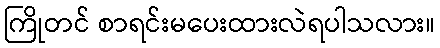
ကြိုတင် စာရင်းမပေးထားလဲရပါသလား။